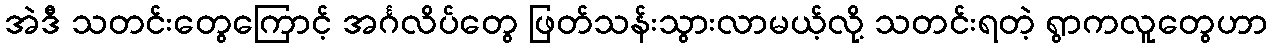
အဲဒီ သတင်းတွေကြောင့် အင်္ဂလိပ်တွေ ဖြတ်သန်းသွားလာမယ့်လို့ သတင်းရတဲ့ ရွာကလူတွေဟာ